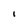
Character: I